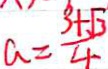
a = \frac { 3 + \sqrt { 3 } } { 4 }